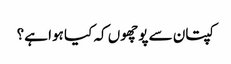
کپتان سے پوچھوں کہ کیا ہوا ہے؟